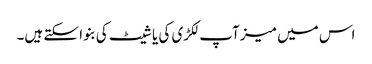
اس میں میز آپ لکڑی کی یا شیٹ کی بنوا سکتے ہیں۔